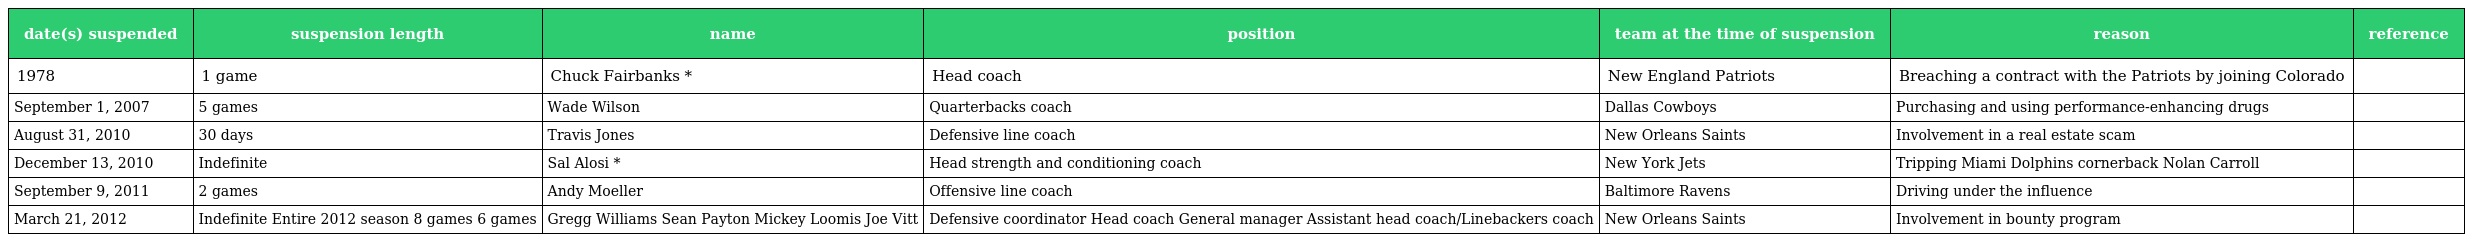
| date(s) suspended | suspension length | name | position | team at the time of suspension | reason | reference |
 | --- | --- | --- | --- | --- | --- | --- |
 | 1978 | 1 game | Chuck Fairbanks * | Head coach | New England Patriots | Breaching a contract with the Patriots by joining Colorado |  |
 | September 1, 2007 | 5 games | Wade Wilson | Quarterbacks coach | Dallas Cowboys | Purchasing and using performance-enhancing drugs |  |
 | August 31, 2010 | 30 days | Travis Jones | Defensive line coach | New Orleans Saints | Involvement in a real estate scam |  |
 | December 13, 2010 | Indefinite | Sal Alosi * | Head strength and conditioning coach | New York Jets | Tripping Miami Dolphins cornerback Nolan Carroll |  |
 | September 9, 2011 | 2 games | Andy Moeller | Offensive line coach | Baltimore Ravens | Driving under the influence |  |
 | March 21, 2012 | Indefinite Entire 2012 season 8 games 6 games | Gregg Williams Sean Payton Mickey Loomis Joe Vitt | Defensive coordinator Head coach General manager Assistant head coach/Linebackers coach | New Orleans Saints | Involvement in bounty program |  |